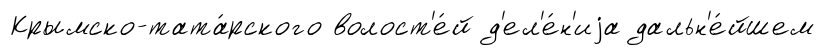
Крымско-тата́рского волост'е́й д'ел'е́н'иjа дальн'е́йшем